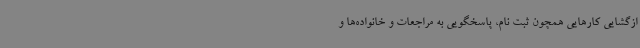
ازگشایی کارهایی همچون ثبت نام، پاسخگویی به مراجعات و خانواده‌ها و